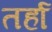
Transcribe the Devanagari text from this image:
तर्हा